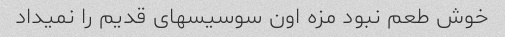
خوش طعم نبود مزه اون سوسیسهای قدیم را نمیداد